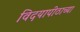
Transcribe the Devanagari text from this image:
विदयापीठाच्या